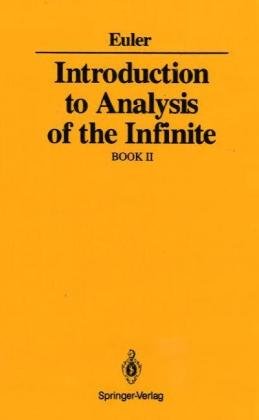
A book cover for Introduction to Analysis of the Infinite: Book II; Leonard Euler; Science & Math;